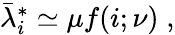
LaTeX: \begin{array}{r}{\bar{\lambda}_{i}^{*}\simeq\mu f(i;\nu)\; ,}\end{array}